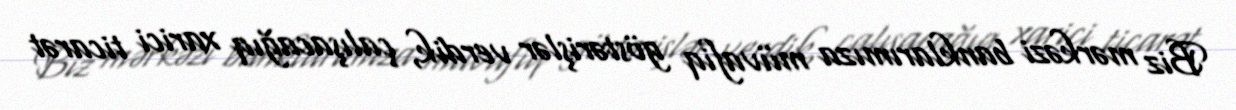
Biz mərkəzi banklarımıza müvafiq göstərişlər verdik, çalışacağıq xarici ticarət